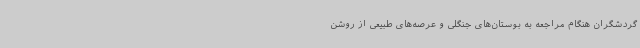
گردشگران هنگام مراجعه به بوستان‌های جنگلی و عرصه‌های طبیعی از روشن